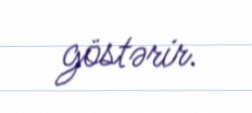
göstərir.